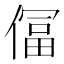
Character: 𫣕